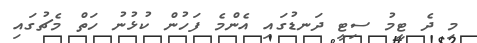
މި ދެ ޓީމު ސިޓީ ދަނޑުގައި އެންމެ ފަހުން ކުޅުނު ހަތް މެޗުގައި